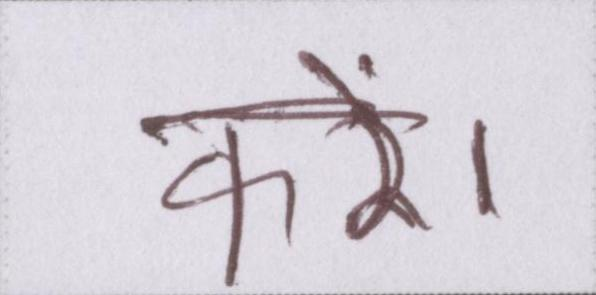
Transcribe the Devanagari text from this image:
करें।